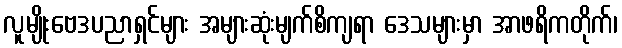
လူမျိုးဗေဒပညာရှင်များ အများဆုံးမျက်စိကျရာ ဒေသများမှာ အာဖရိကတိုက်၊